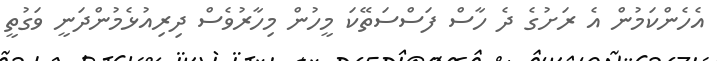
އެހެންކަމުން އެ ރަށުގެ ދެ ހާސް ފަސްސަތޭކަ މީހުން މިހާރުވެސް ދިރިއުޅެމުންދަނީ ވަގުތީ